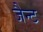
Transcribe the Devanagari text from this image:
जैन्ट